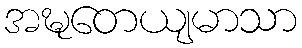
အဍ္ဎတေယျမာသာ